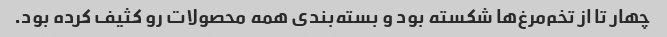
چهار تا از تخم‌مرغ‌ها شکسته بود و بسته‌بندی همه محصولات رو کثیف کرده بود.